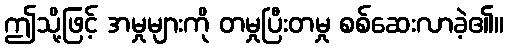
ဤသို့ဖြင့် အမှုများကို တမှုပြီးတမှု စစ်ဆေးလာခဲ့၏။